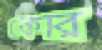
কোর